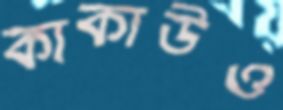
কাকাউও